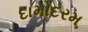
દામોદરમ